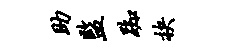
助监踟抉